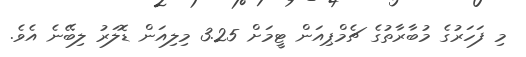
މި ފަހަރުގެ މުބާރާތުގެ ޗެމްޕިއަން ޓީމަށް 3.25 މިލިއަން ޑޮލަރު ލިބޭނެ އެވެ.